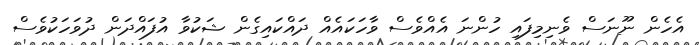
އެހެން ނޫނަސް ވެނިމިފައި ހުންނަ އެއްވެސް ވާހަކައެއް ދައްކައިގެން ޝަކުވާ އުފައްދަން ދުވަހަކުވެސް